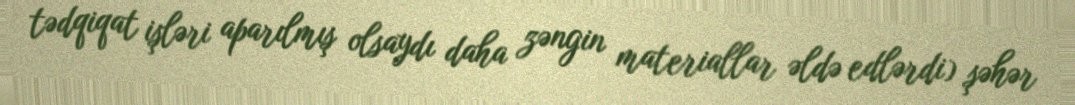
tədqiqat işləri aparılmış olsaydı daha zəngin materiallar əldə edlərdi) şəhər